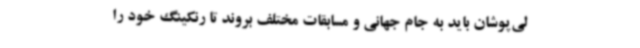
لی‌پوشان باید به جام جهانی و مسابقات مختلف بروند تا رنکینگ خود را